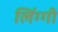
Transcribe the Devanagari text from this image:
लिंग्गी